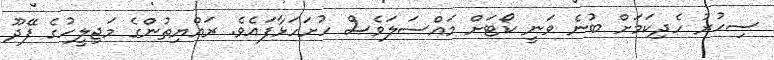
ސިހުރު ހެދިކަމަށް ބުނެ ވަނީ ކޯޓަށް މައްސަލަވެސް ހުށަހަޅާފައެވެ. ރައްޔިތުންގެ މަޖިލީހުގެ ފޭދޫ